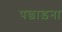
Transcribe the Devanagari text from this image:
पछाड़ना